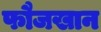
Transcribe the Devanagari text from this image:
फौजखान